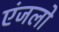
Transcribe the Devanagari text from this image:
एंजलो